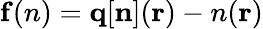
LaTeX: {\mathbf f(n)}={\mathbf q[{\mathbf n}]({\mathbf r})-n({\mathbf r})}